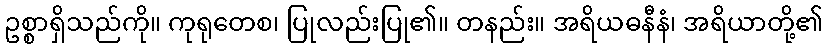
ဥစ္စာရှိသည်ကို။ ကုရုတေစ၊ ပြုလည်းပြု၏။ တနည်း။ အရိယဓနီနံ၊ အရိယာတို့၏